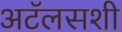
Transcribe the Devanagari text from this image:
अटॅलसशी